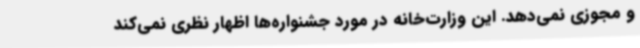
و مجوزی نمی‌دهد. این وزارت‌خانه در مورد جشنواره‌ها اظهار نظری نمی‌کند